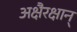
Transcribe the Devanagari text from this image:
अक्षैरक्षान्